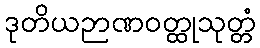
ဒုတိယဉာဏဝတ္ထုသုတ္တံ